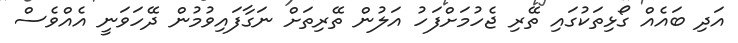
އަދި ބައެއް ގޯޅިތަކުގައި ތޭރި ޖެހުމަށްފަހު އަލުން ތޭރިތަށް ނަގާފައިވުމުން ދޭހަވަނީ އެއްވެސް